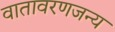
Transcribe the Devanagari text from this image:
वातावरणजन्य